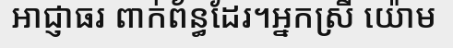
អាជ្ញាធរ ពាក់ព័ន្ធដែរ។អ្នកស្រី យ៉ោម